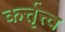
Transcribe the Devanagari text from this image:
कर्त्तृत्त्व